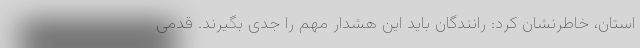
استان، خاطرنشان کرد: رانندگان باید این هشدار مهم را جدی بگیرند. قدمی